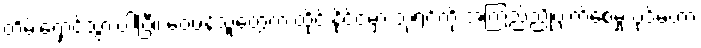
တိမ်းရှောင်သွားပါပြီ၊၊ ဝေဖန်သူတွေက ထိုင်းနိုင်ငံမှာ ဘုရင်ကို အကြည်ညိုပျက်စေမှု ပုဒ်မဟာ